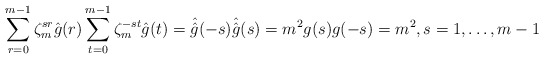
\begin{align*}\sum\limits_{r=0}^{m-1}\zeta_m^{sr}\hat{g}(r)\sum\limits_{t=0}^{m-1}\zeta_m^{-st}\hat{g}(t)=\hat{\hat{g}}(-s)\hat{\hat{g}}(s)=m^2g(s)g(-s)=m^2,s=1,\dots,m-1\end{align*}